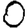
Digit: 0